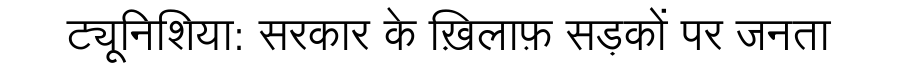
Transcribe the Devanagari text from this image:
ट्यूनिशिया: सरकार के ख़िलाफ़ सड़कों पर जनता